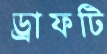
ড্রাফটি